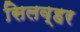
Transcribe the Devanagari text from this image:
सिलव्हर